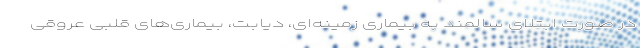
در صورت ابتلای سالمند به بیماری زمینه‌ای، دیابت، بیماری‌های قلبی عروقی